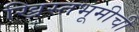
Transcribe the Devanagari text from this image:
ख्रिस्तभूमीची